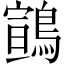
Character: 䳦